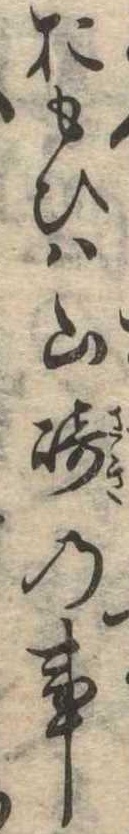
おもひは山崎の事